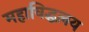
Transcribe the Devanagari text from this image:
महाविद्धलय